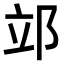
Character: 𨚪